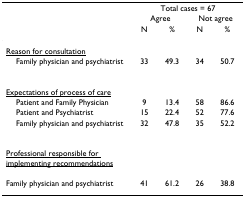
<table><thead><tr><td></td><td colspan="4"><b>Total cases = 67</b></td></tr><tr><td></td><td colspan="2"><b>Agree</b></td><td colspan="2"><b>Not agree</b></td></tr><tr><td></td><td><b>N</b></td><td><b>%</b></td><td><b>N</b></td><td><b>%</b></td></tr></thead><tbody><tr><td><underline>Reason for consultation</underline></td><td></td><td></td><td></td><td></td></tr><tr><td> Family physician and psychiatrist</td><td>33</td><td>49.3</td><td>34</td><td>50.7</td></tr><tr><td><underline>Expectations of process of care</underline></td><td></td><td></td><td></td><td></td></tr><tr><td> Patient and Family Physician</td><td>9</td><td>13.4</td><td>58</td><td>86.6</td></tr><tr><td> Patient and Psychiatrist</td><td>15</td><td>22.4</td><td>52</td><td>77.6</td></tr><tr><td> Family physician and psychiatrist</td><td>32</td><td>47.8</td><td>35</td><td>52.2</td></tr><tr><td><underline>Professional responsible for implementing recommendations</underline></td><td></td><td></td><td></td><td></td></tr><tr><td>Family physician and psychiatrist</td><td>41</td><td>61.2</td><td>26</td><td>38.8</td></tr></tbody></table>